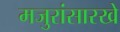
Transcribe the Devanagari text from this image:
मजुरांसारखे